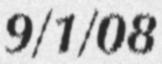
9/1/08